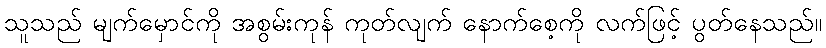
သူသည် မျက်မှောင်ကို အစွမ်းကုန် ကုတ်လျက် နောက်စေ့ကို လက်ဖြင့် ပွတ်နေသည်။